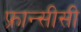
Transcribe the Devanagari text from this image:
फ्रान्सीसी